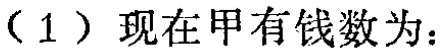
（1）现在甲有钱数为：